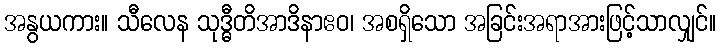
အနွယကား။ သီလေန သုဒ္ဓီတိအာဒိနာဧဝ၊ အစရှိသော အခြင်းအရာအားဖြင့်သာလျှင်။